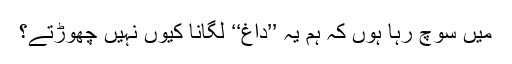
مَیں سوچ رہا ہوں کہ ہم یہ ’’داغ‘‘ لگانا کیوں نہیں چھوڑتے؟